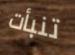
تنبأت